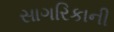
સાગરિકાની